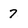
Character: 7